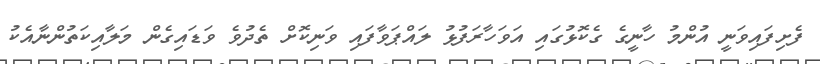
ފެށިފައިވަނީ އުންމު ހާނީގެ ގެކޮޅުގައި އަވަހާރަފުޅު ލައްޕަވާފައި ވަނިކޮށް ތެދުވެ ވަޑައިގެން މަލާއިކަތުންނާއެކު